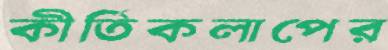
কীর্তিকলাপের